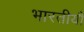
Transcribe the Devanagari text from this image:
भारतीयौं